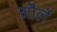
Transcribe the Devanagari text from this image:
मौर्ले